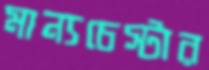
মান্যচেস্টার